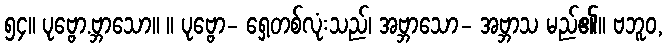
၅၄။ ပုဗ္ဗော.ဗ္ဘာသော။ ။ ပုဗ္ဗော- ရှေ့တစ်လုံးသည်၊ အဗ္ဘာသော- အဗ္ဘာသ မည်၏။ ဗဘူဝ,